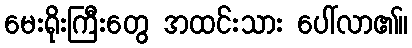
မေးရိုးကြီးတွေ အထင်းသား ပေါ်လာ၏။